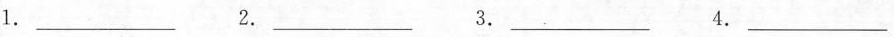
1.___ 2.___ 3.___ 4.___